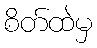
စိတ်ထဲမှ